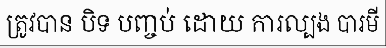
ត្រូវបាន បិទ បញ្ចប់ ដោយ ការល្បង បារមី